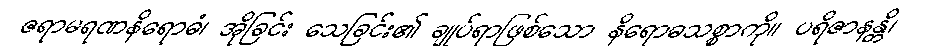
ဇရာမရဏနိရောဓံ၊ အိုခြင်း သေခြင်း၏ ချုပ်ရာဖြစ်သော နိရောဓသစ္စာကို။ ပရိဇာနန္တိ၊